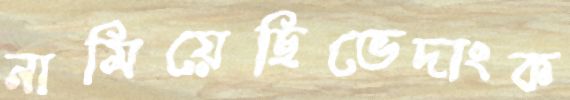
নামিয়েছিভেদাংক